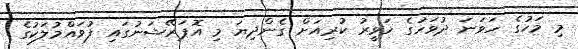
މި މަހުގެ ހަވަނަ ދުވަހުގެ ހަވީރު ކުރިއަށް ގެންދިޔަ މި އޮޕަރޭޝަނުގައި ފުވައްމުލަކުގެ